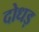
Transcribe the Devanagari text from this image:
दोधड़